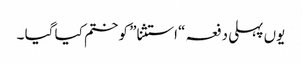
یوں پہلی دفعہ “استثنا” کو ختم کیا گیا ۔